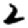
Digit: 2